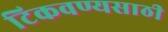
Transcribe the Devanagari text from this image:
टिकवण्यसाठी